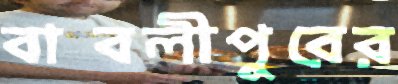
বাবলীপুরের